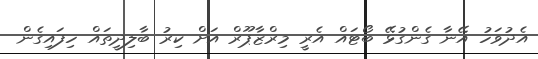
އެދުވަހު އޭނާ ގެންގުޅޭ ބޯޓައް އެރީ މިރްޒާޕޫރް އަށް ކިރު ބާލިދީތައް ހިފައިގެން